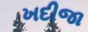
ખદીજા